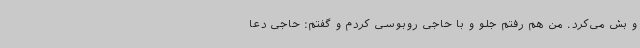
و بش می‌کرد. من هم رفتم جلو و با حاجی روبوسی کردم و گفتم: حاجی دعا